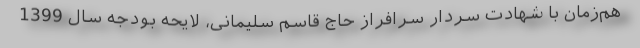
هم­زمان با شهادت سردار سرافراز حاج قاسم سلیمانی، لایحه بودجه سال 1399